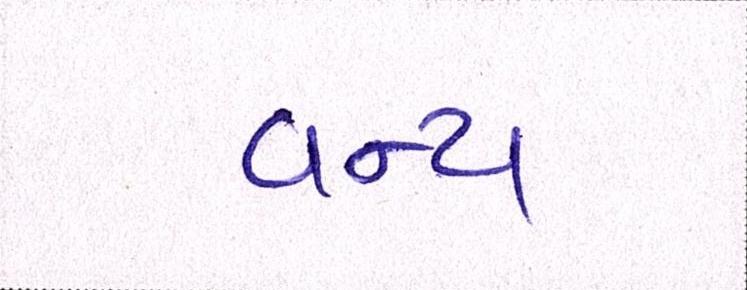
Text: વન્ય